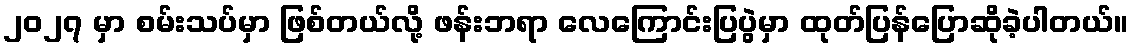
၂၀၂၇ မှာ စမ်းသပ်မှာ ဖြစ်တယ်လို့ ဖန်းဘရာ လေကြောင်းပြပွဲမှာ ထုတ်ပြန်ပြောဆိုခဲ့ပါတယ်။